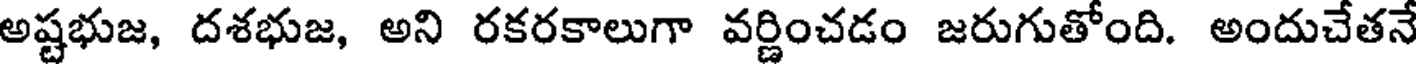
అష్టభుజ, దశభుజ, అని రకరకాలుగా వర్ణించడం జరుగుతోంది. అందుచేతనే